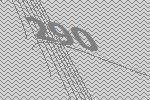
290